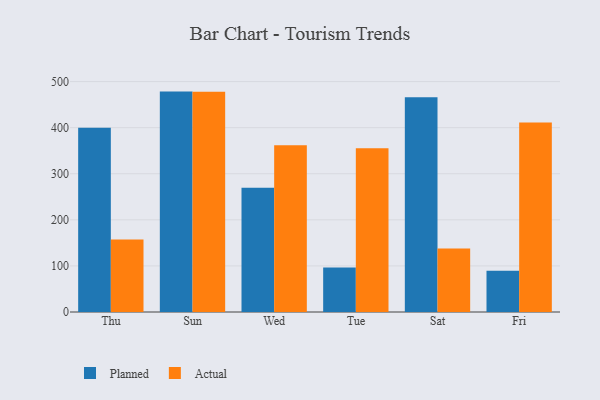
{"axis": {"x": "Day", "y": "Revenue (USD Million)"}, "legend": ["Actual", "Planned"], "data": [{"x": "Thu", "y": 399.6, "type": "Planned"}, {"x": "Thu", "y": 157.2, "type": "Actual"}, {"x": "Sun", "y": 478.3, "type": "Planned"}, {"x": "Sun", "y": 477.8, "type": "Actual"}, {"x": "Wed", "y": 269.9, "type": "Planned"}, {"x": "Wed", "y": 362.0, "type": "Actual"}, {"x": "Tue", "y": 96.7, "type": "Planned"}, {"x": "Tue", "y": 355.3, "type": "Actual"}, {"x": "Sat", "y": 466.2, "type": "Planned"}, {"x": "Sat", "y": 137.9, "type": "Actual"}, {"x": "Fri", "y": 89.7, "type": "Planned"}, {"x": "Fri", "y": 411.4, "type": "Actual"}]}